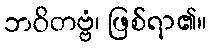
ဘဝိတဗ္ဗံ၊ ဖြစ်ရာ၏။